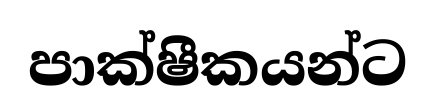
පාක්ෂීකයන්ට